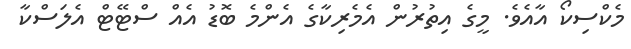
މެކްސިކޯ އާއެވެ. މީގެ އިތުރުން އެމެރިކާގެ އެންމެ ބޮޑު އެއް ސްޓޭޓް އެލަސްކާ